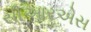
સીઆરએસ